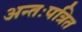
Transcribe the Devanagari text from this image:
अन्तःपत्रित